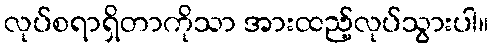
လုပ်စရာရှိတာကိုသာ အားထည့်လုပ်သွားပါ။